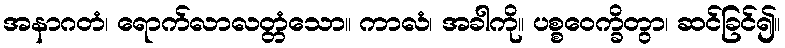
အနာဂတံ၊ ရောက်လာလတ္တံသော။ ကာလံ၊ အခါကို။ ပစ္စဝေက္ခိတွာ၊ ဆင်ခြင်၍။